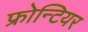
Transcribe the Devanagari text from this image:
फ्रोन्टियर